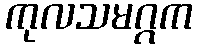
ကုလသမဂ္ဂက